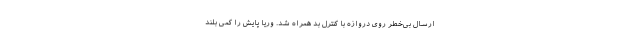
ارسال بی‌خطر روی دروازه با کنترل بد همراه شد. وریا پایش را کمی بلند